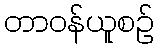
တာဝန်ယူစဉ်